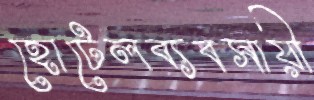
হোটেলব্যবসায়ী